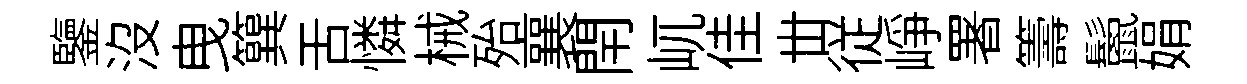
鑒沒曳簨舌憐械殆襄閈屼佳丗従峥署籌鬛娟